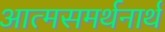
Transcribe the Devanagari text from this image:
आत्मसमर्थनार्थ